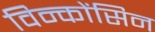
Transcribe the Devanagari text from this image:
विन्कोंसिन